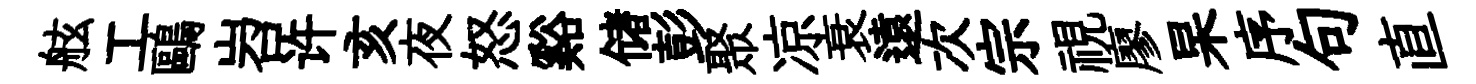
舷工鷗岧许亥夜怒谿储彭聚凉衰遠次宗視廖杲序句直